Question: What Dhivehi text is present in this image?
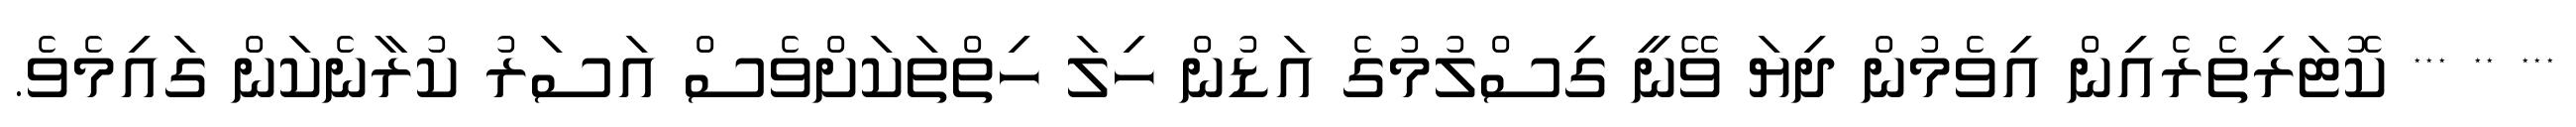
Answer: *** ** *** ކޮޓަރިތެރެއިން އިވެމުން ދިޔަ ވޭނީ ގިސްލުމުގެ އަޑުން ހިލަ ހިތްތަކަށްވެސް އަސަރު ކުރާނެކަން ގައިމެވެ.